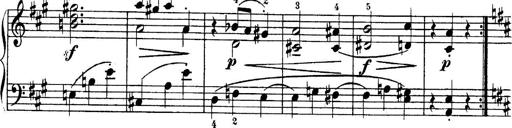
Title: 4 Sonatines
Composer: Max Reger